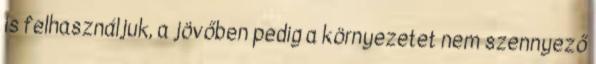
is felhasználjuk, a jövőben pedig a környezetet nem szennyező